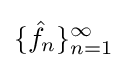
\{{\hat {f}}_{n}\}_{n=1}^{\infty }